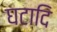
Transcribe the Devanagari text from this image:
घटादि